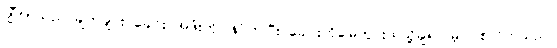
ဂျီတာသည် ချက်ချင်း ခေါင်း အဖုံးကိုပြန်ပိတ်ပြီး ခေါင်းကိုမြေတွင်းထဲသို့ချ၍ မြှုပ်ပစ်လိုက်သည်။